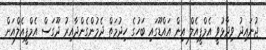
ޖުނައިދު ވިދާޅުވީ އެމްޕީއެލް އިން އައްޑޫގައި ބަހުގެ ހިދުމަތް ދެމުންގެންދާއިރު ދޫގަސް އެމްޕީއެލްއަށް